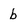
Character: b